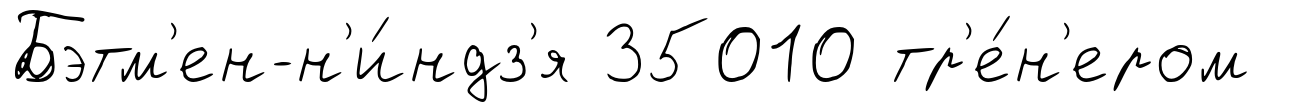
Бэтм'ен-н'и́ндз'я 35010 тр'е́н'ером